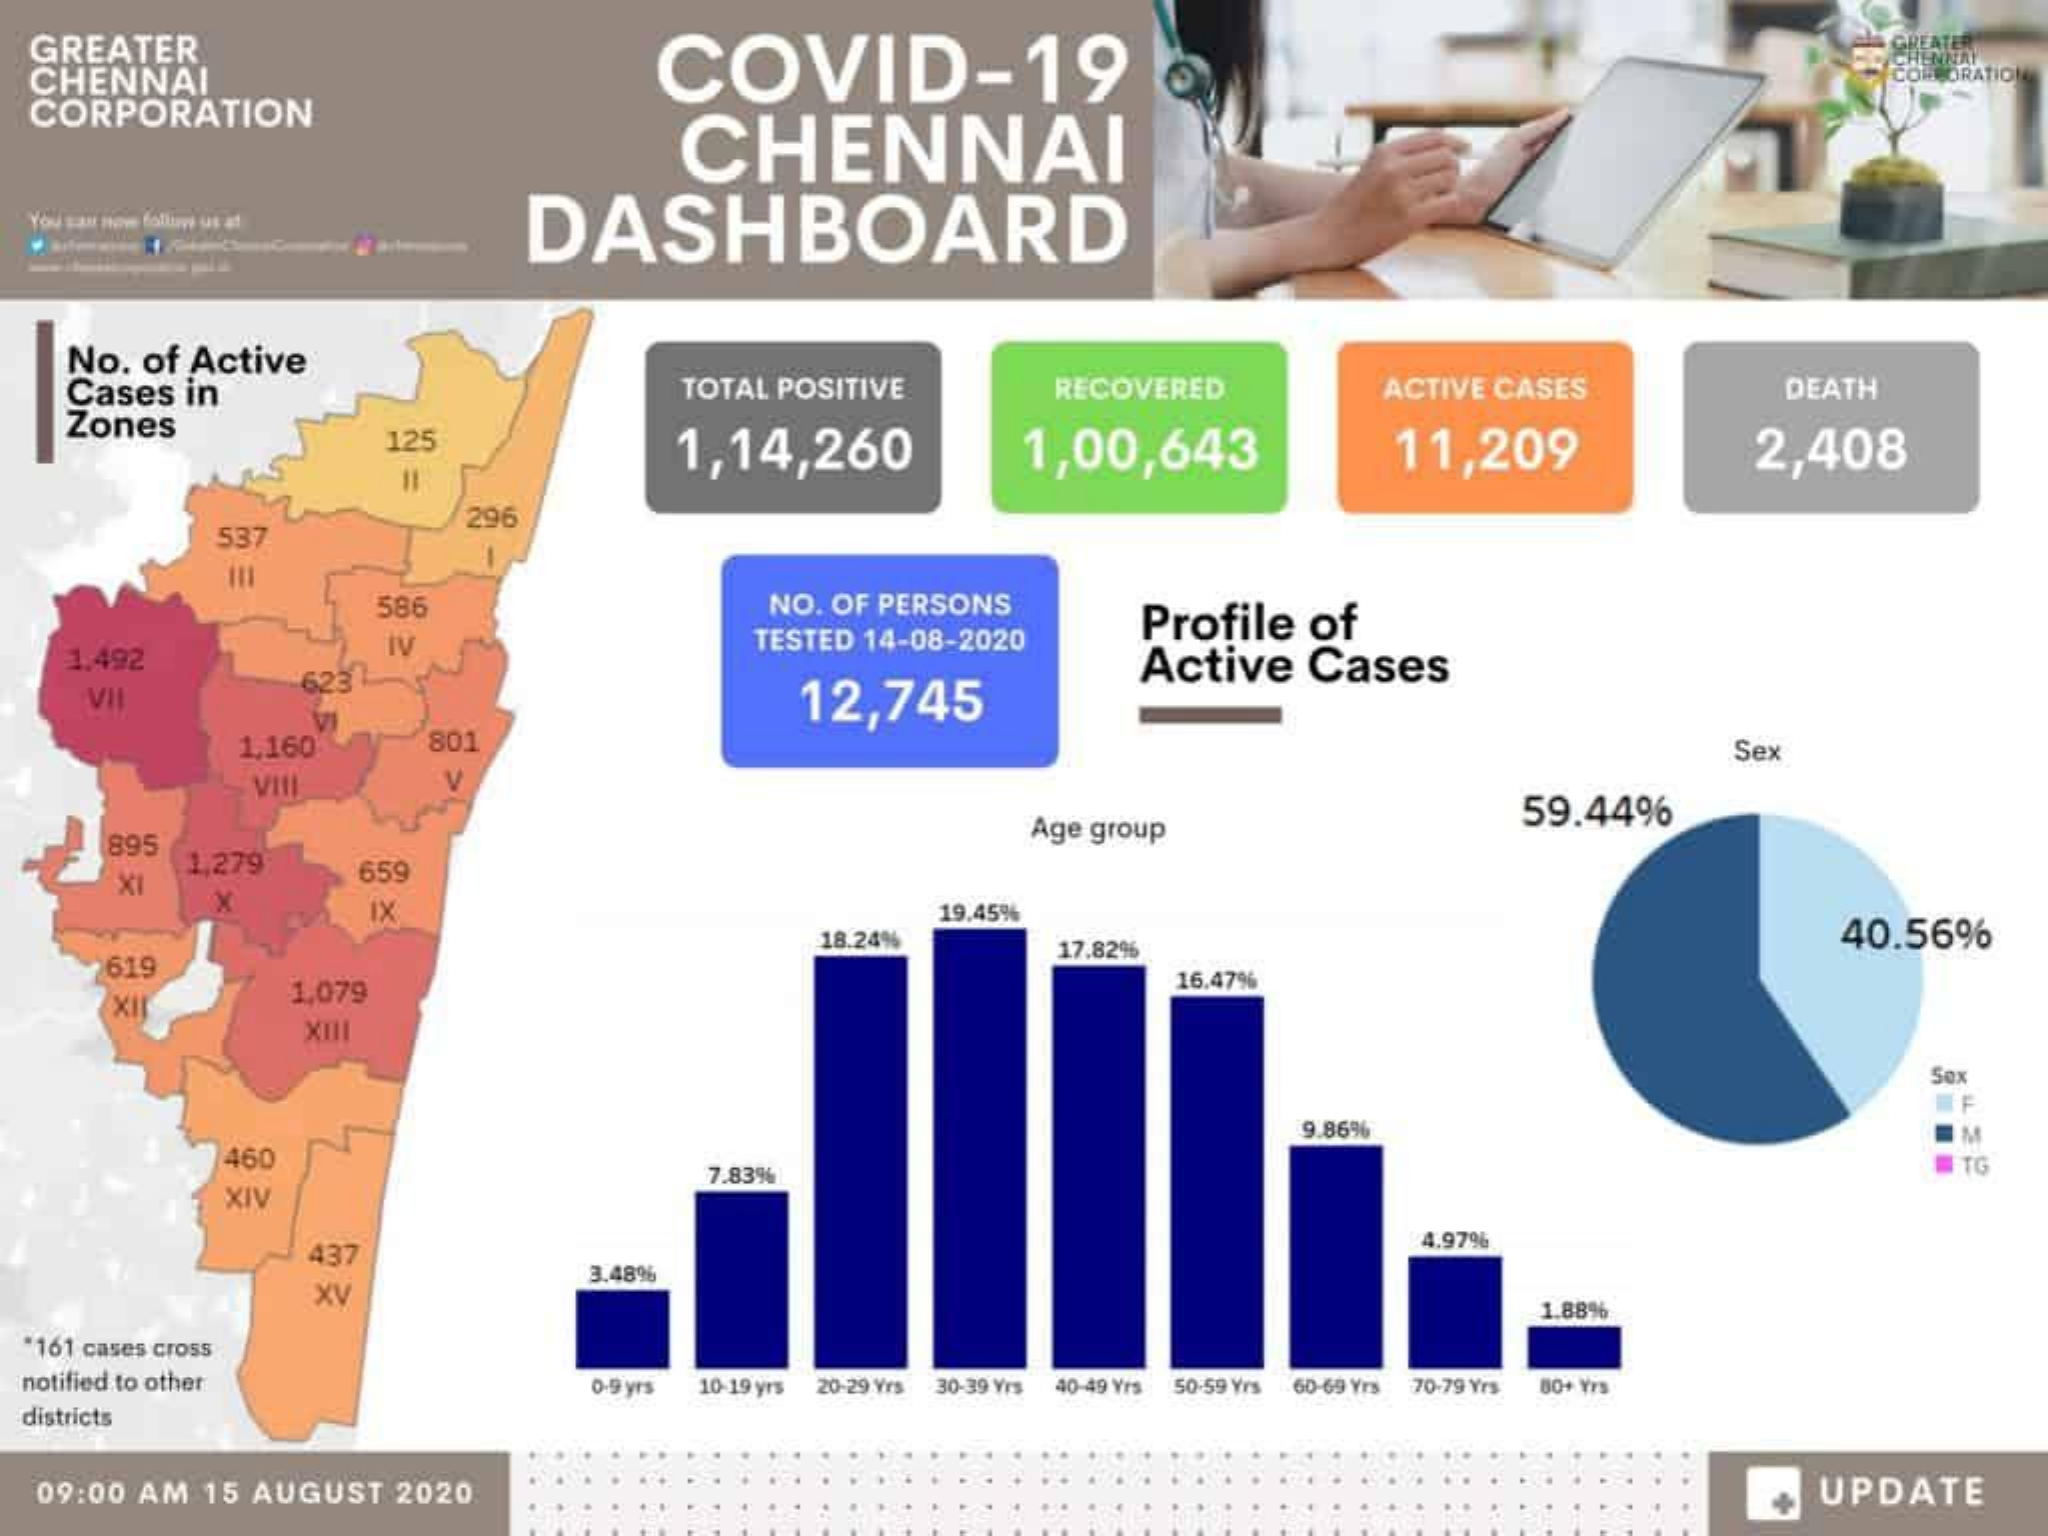
GREATER    COVID-19
     GREA
  CHENNAI
  CORPORATION
     COLORATION
     CHENNAI
  You saut per follby us at DASHBOARD
    No. of Active
    Cases in    TOTAL POSITIVE    RECOVERED    ACTIVE CASES    DEATH
    Zones
     125    1,14,260    1,00,643    11,209    2,408
     =
     537
     296
     586    NO. OF PERSONS
     Profile  of
    1.492
     TIV    TESTED 14-08-2020
     623    Active  Cases
     VII    12,745
     1,160    801    Sex
     VIII    V
     59.44%
     895
     Age group
     XI
     1,279    659
     x    IX    19.45%
     18.24%    17.82%
     40.56%
     619
     1,079
     16.47%
     XIII
     Sex
     9.86%    IM
     460
     7.83%    TG
     XIV
     437
     4.97%
     XV
     3.48%
     1.88%
  *161 cases cross
  notified to other    0.9 yrs 10-19 yrs 20-29 Yrs -30-39 Yrs 40-49 Yrs 50-59 Yrs 60-69 Yrs 70-79 Yrs 00+ Yrs
  districts
  09:00 AM 15 AUGUST 2020    UPDATE